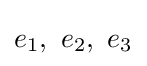
e_{1},\ e_{2},\ e_{3}